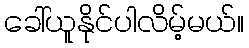
ခေါ်ယူနိုင်ပါလိမ့်မယ်။